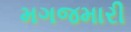
મગજમારી